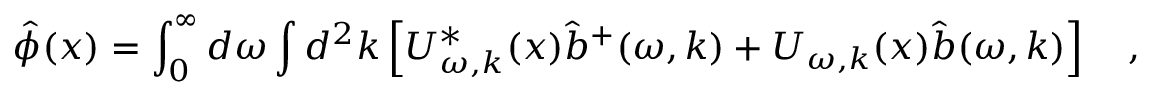
\hat { \phi } ( x ) = \int _ { 0 } ^ { \infty } d \omega \int d ^ { 2 } k \left[ U _ { \omega , k } ^ { * } ( x ) \hat { b } ^ { + } ( \omega , k ) + U _ { \omega , k } ( x ) \hat { b } ( \omega , k ) \right] ~ ~ ~ ,